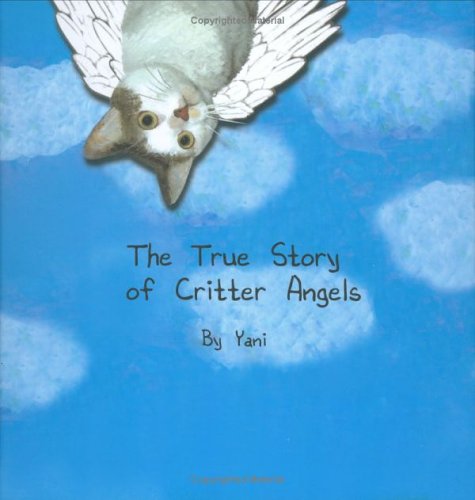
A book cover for The True Story of Critter Angels by Yani; Shendl Diamond; Crafts, Hobbies & Home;